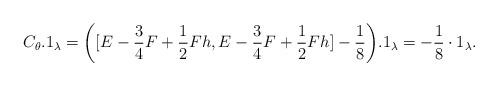
LaTeX: \begin{align*}C_\theta.1_{\lambda}=\bigg([E-\frac{3}{4}F+\frac{1}{2}Fh,E-\frac{3}{4}F+\frac{1}{2}Fh]-\frac{1}{8}\bigg).1_{\lambda}=-\frac{1}{8}\cdot1_{\lambda}.\end{align*}